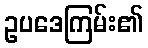
ဥပဒေကြမ်း၏